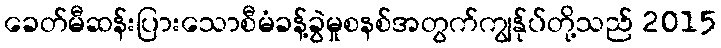
ခေတ်မီဆန်းပြားသောစီမံခန့်ခွဲမှုစနစ်အတွက်ကျွန်ုပ်တို့သည် 2015